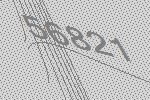
56821